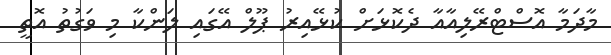
މާދަމާ އޮސްޓްރޭލިއާއާ ދެކޮޅަށް ކުޅޭއިރު ޕޫލް އޭގައި ލަންކާ މި ވަގުތު އޮތީ